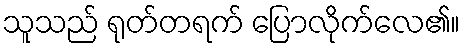
သူသည် ရုတ်တရက် ပြောလိုက်လေ၏။